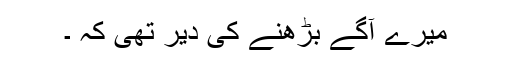
میرے آگے بڑھنے کی دیر تھی کہ ۔